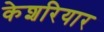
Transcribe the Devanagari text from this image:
केशरियार